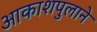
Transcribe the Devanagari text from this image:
आकाशपुलाने